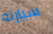
سيارته